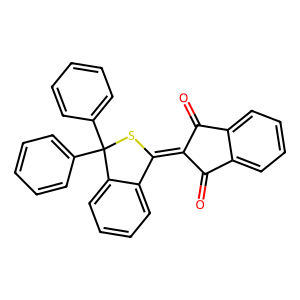
SMILES: O=C1C(=C2SC(c3ccccc3)(c3ccccc3)c3ccccc32)C(=O)c2ccccc21
Inhibits HIV replication: No